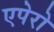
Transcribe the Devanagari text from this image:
एपेरो